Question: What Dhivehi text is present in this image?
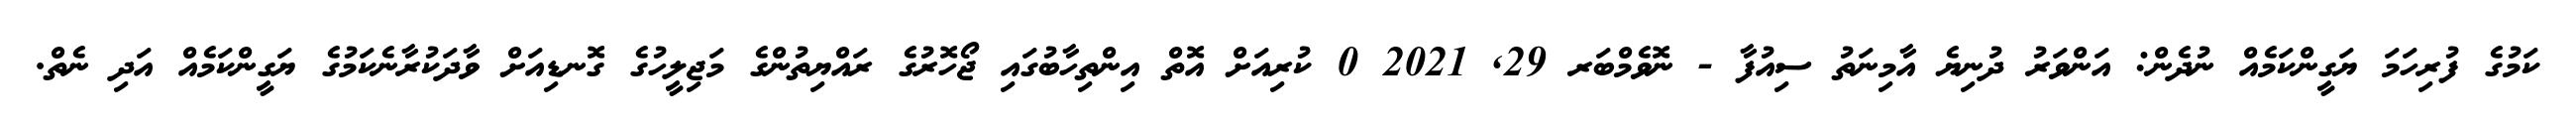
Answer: ކަމުގެ ފުރިހަމަ ޔަގީންކަމެއް ނުދެން: އަންވަރު ދުނިޔެ އާމިނަތު ސިއުފާ - ނޮވެމްބަރ 29, 2021 0 ކުރިއަށް އޮތް އިންތިހާބުގައި ޖޯހޮރުގެ ރައްޔިތުންގެ މަޖިލީހުގެ ގޮނޑިއަށް ވާދަކުރާނެކަމުގެ ޔަގީންކަމެއް އަދި ނެތް.